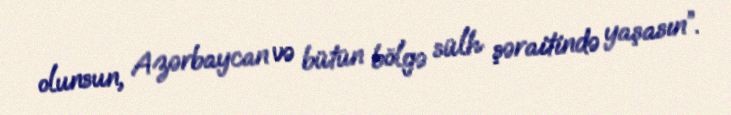
olunsun, Azərbaycan və bütün bölgə sülh şəraitində yaşasın”.